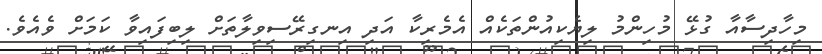
މިހާދިސާއާ ގުޅޭ މުހިންމު ލިޔެކިއުންތަކެއް އެމެރިކާ އަދި އިނގިރޭސިވިލާތަށް ލިބިފައިވާ ކަމަށް ވެއެވެ.